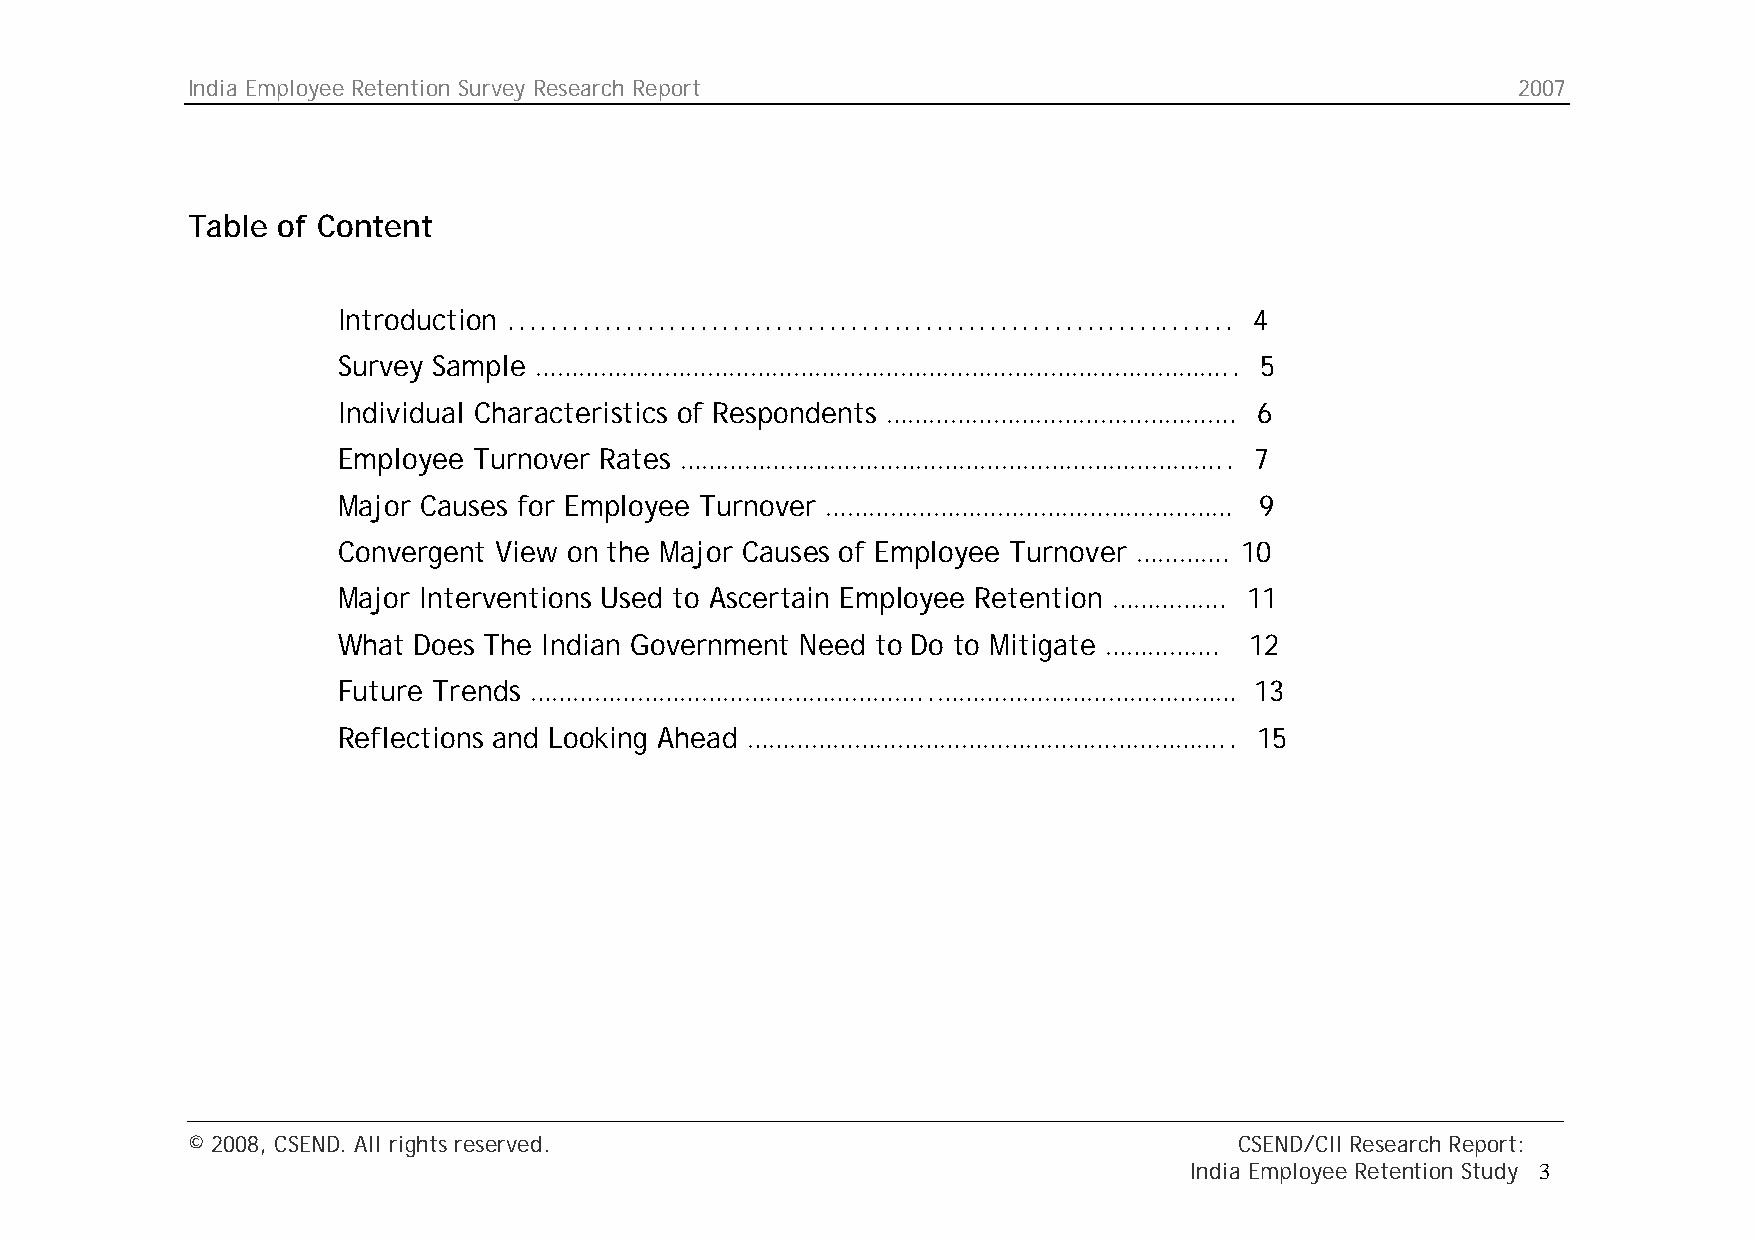
India Employee Retention Survey Research Report                                         2007
 Table of Content
 Introduction .................................................................... 4
 Survey Sample ……………………………………………………………………………………..             5
 Individual Characteristics of Respondents ………………………………………….  6
 Employee Turnover Rates …………………………………………………………………..          7
 Major Causes for Employee Turnover …………………………………………………       9
 Convergent View on the Major Causes of Employee Turnover …………. 10
 Major Interventions Used to Ascertain Employee Retention ……………. 11
 What Does The Indian Government Need to Do to Mitigate ……………. 12
 Future Trends ………………………………………………..……………………………………             13
 Reflections and Looking Ahead …………………………………………………………..       15
 © 2008, CSEND. All rights reserved.                                   CSEND/CII Research Report:
 India Employee Retention Study 3